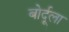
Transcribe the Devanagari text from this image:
बोर्दूला